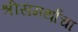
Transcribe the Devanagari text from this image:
श्रीसमर्थांचा